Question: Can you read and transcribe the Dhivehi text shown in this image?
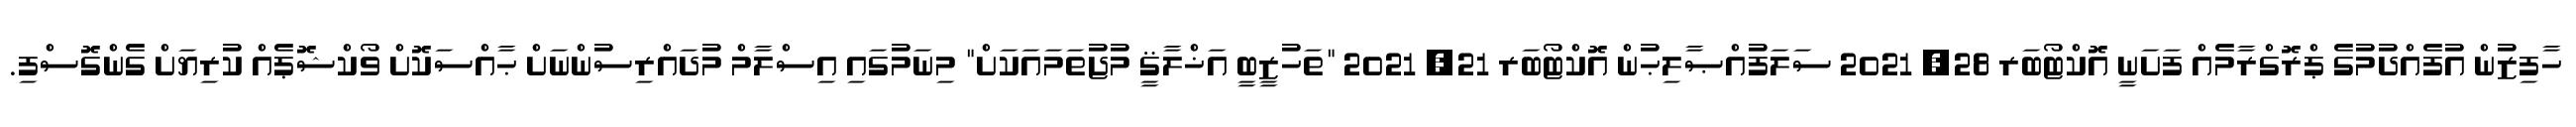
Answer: ހާފިޒުން އުފެއްދުމުގެ ޕްރޮގްރާމެއް ފަށަނީ އޮކްޓޯބަރ 28, 2021 ސަލަފުއްޞާލިޙުން އޮކްޓޯބަރ 21, 2021 "ތަހުޒީބީ އަޚްލާޤީ މުޖުތަމައަކަށް" މިނަމުގައި އިސްލާމް މުދައްރިސުންނަށް ޙާއްސަކޮށް ވޯކްޝޮޕެއް ކުރިޔަށް ގެންގޮސްފި.